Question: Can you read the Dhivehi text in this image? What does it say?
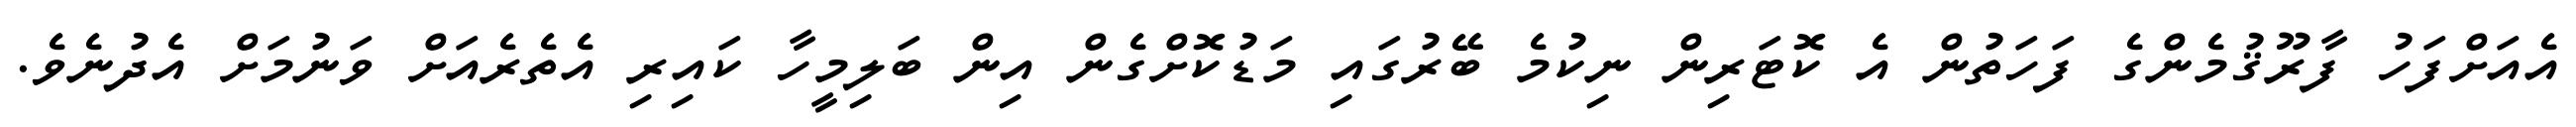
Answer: އެއަށްފަހު ފާރޫޤުމެންގެ ފަހަތުން އެ ކޮޓަރިން ނިކުމެ ބޭރުގައި މަޑުކޮށްގެން އިން ބަލިމީހާ ކައިރި އެތެރެއަށް ވަނުމަށް އެދުނެވެ.